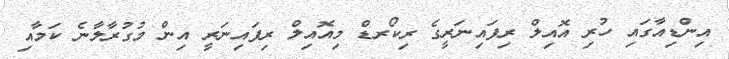
އިންޑިއާގައި ހުރި އޮއިލް ރިފައިނަރީގެ ރިކޯރޑް މިއޮއިލް ރިފައިނަރީ އިން މުގުރާލާނެ ކަމާއި